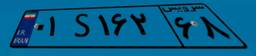
۰۱S۱۶۲۶۸